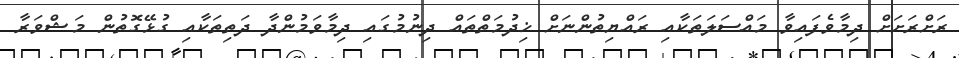
ރަށްރަށަށް ދިމާވެފައިވާ މައްސަލަތަކާއި ރައްޔިތުންނަށް ޚިދުމަތްތައް ދިނުމުގައި ދިމާވަމުންދާ ދަތިތަކާއި ގުޅޭގޮތުން މަޝްވަރާ